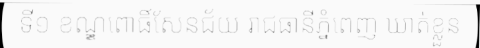
ទី១ ខណ្ឌពោធិ៍សែនជ័យ រាជធានីភ្នំពេញ ឃាត់ខ្លួន